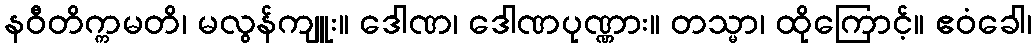
နဝီတိက္ကမတိ၊ မလွန်ကျူး။ ဒေါဏ၊ ဒေါဏပုဏ္ဏား။ တသ္မာ၊ ထိုကြောင့်။ ဧဝံခေါ၊